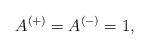
LaTeX: \begin{align*} A^{(+)}=A^{(-)}=1, \end{align*}